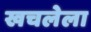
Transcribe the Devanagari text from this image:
खचलेला